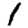
Digit: 1